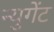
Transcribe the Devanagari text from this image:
न्युगेंट